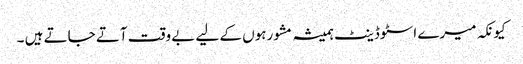
کیونکہ میرے اسٹوڈینٹ ہمیشہ مشورہوں کے لیے بے وقت آتے جاتے ہیں ۔